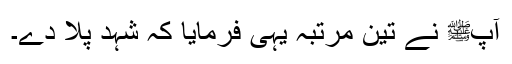
آپﷺ نے تین مرتبہ یہی فرمایا کہ شہد پلا دے۔